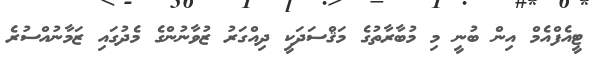
ޓީއެފްއެމް އިން ބުނީ މި މުބާރާތުގެ މަޤްސަދަކީ ދިއްގަރު ޒުވާނުންގެ މެދުގައި ޒަމާނުއްސުރެ